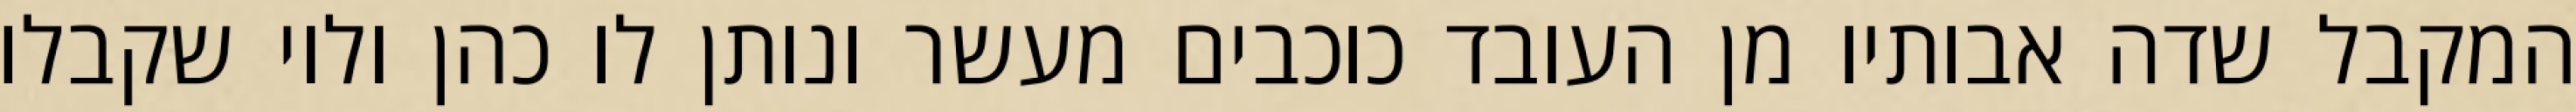
המקבל שדה אבותיו מן העובד כוכבים מעשר ונותן לו כהן ולוי שקבלו